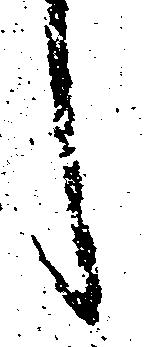
し